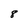
Character: 8